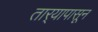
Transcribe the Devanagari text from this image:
तार्‍यापासून